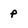
Character: P